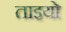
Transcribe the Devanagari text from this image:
ताइयो